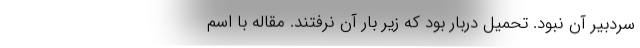
سردبیر آن نبود. تحمیل دربار بود که زیر بار آن نرفتند. مقاله با اسم